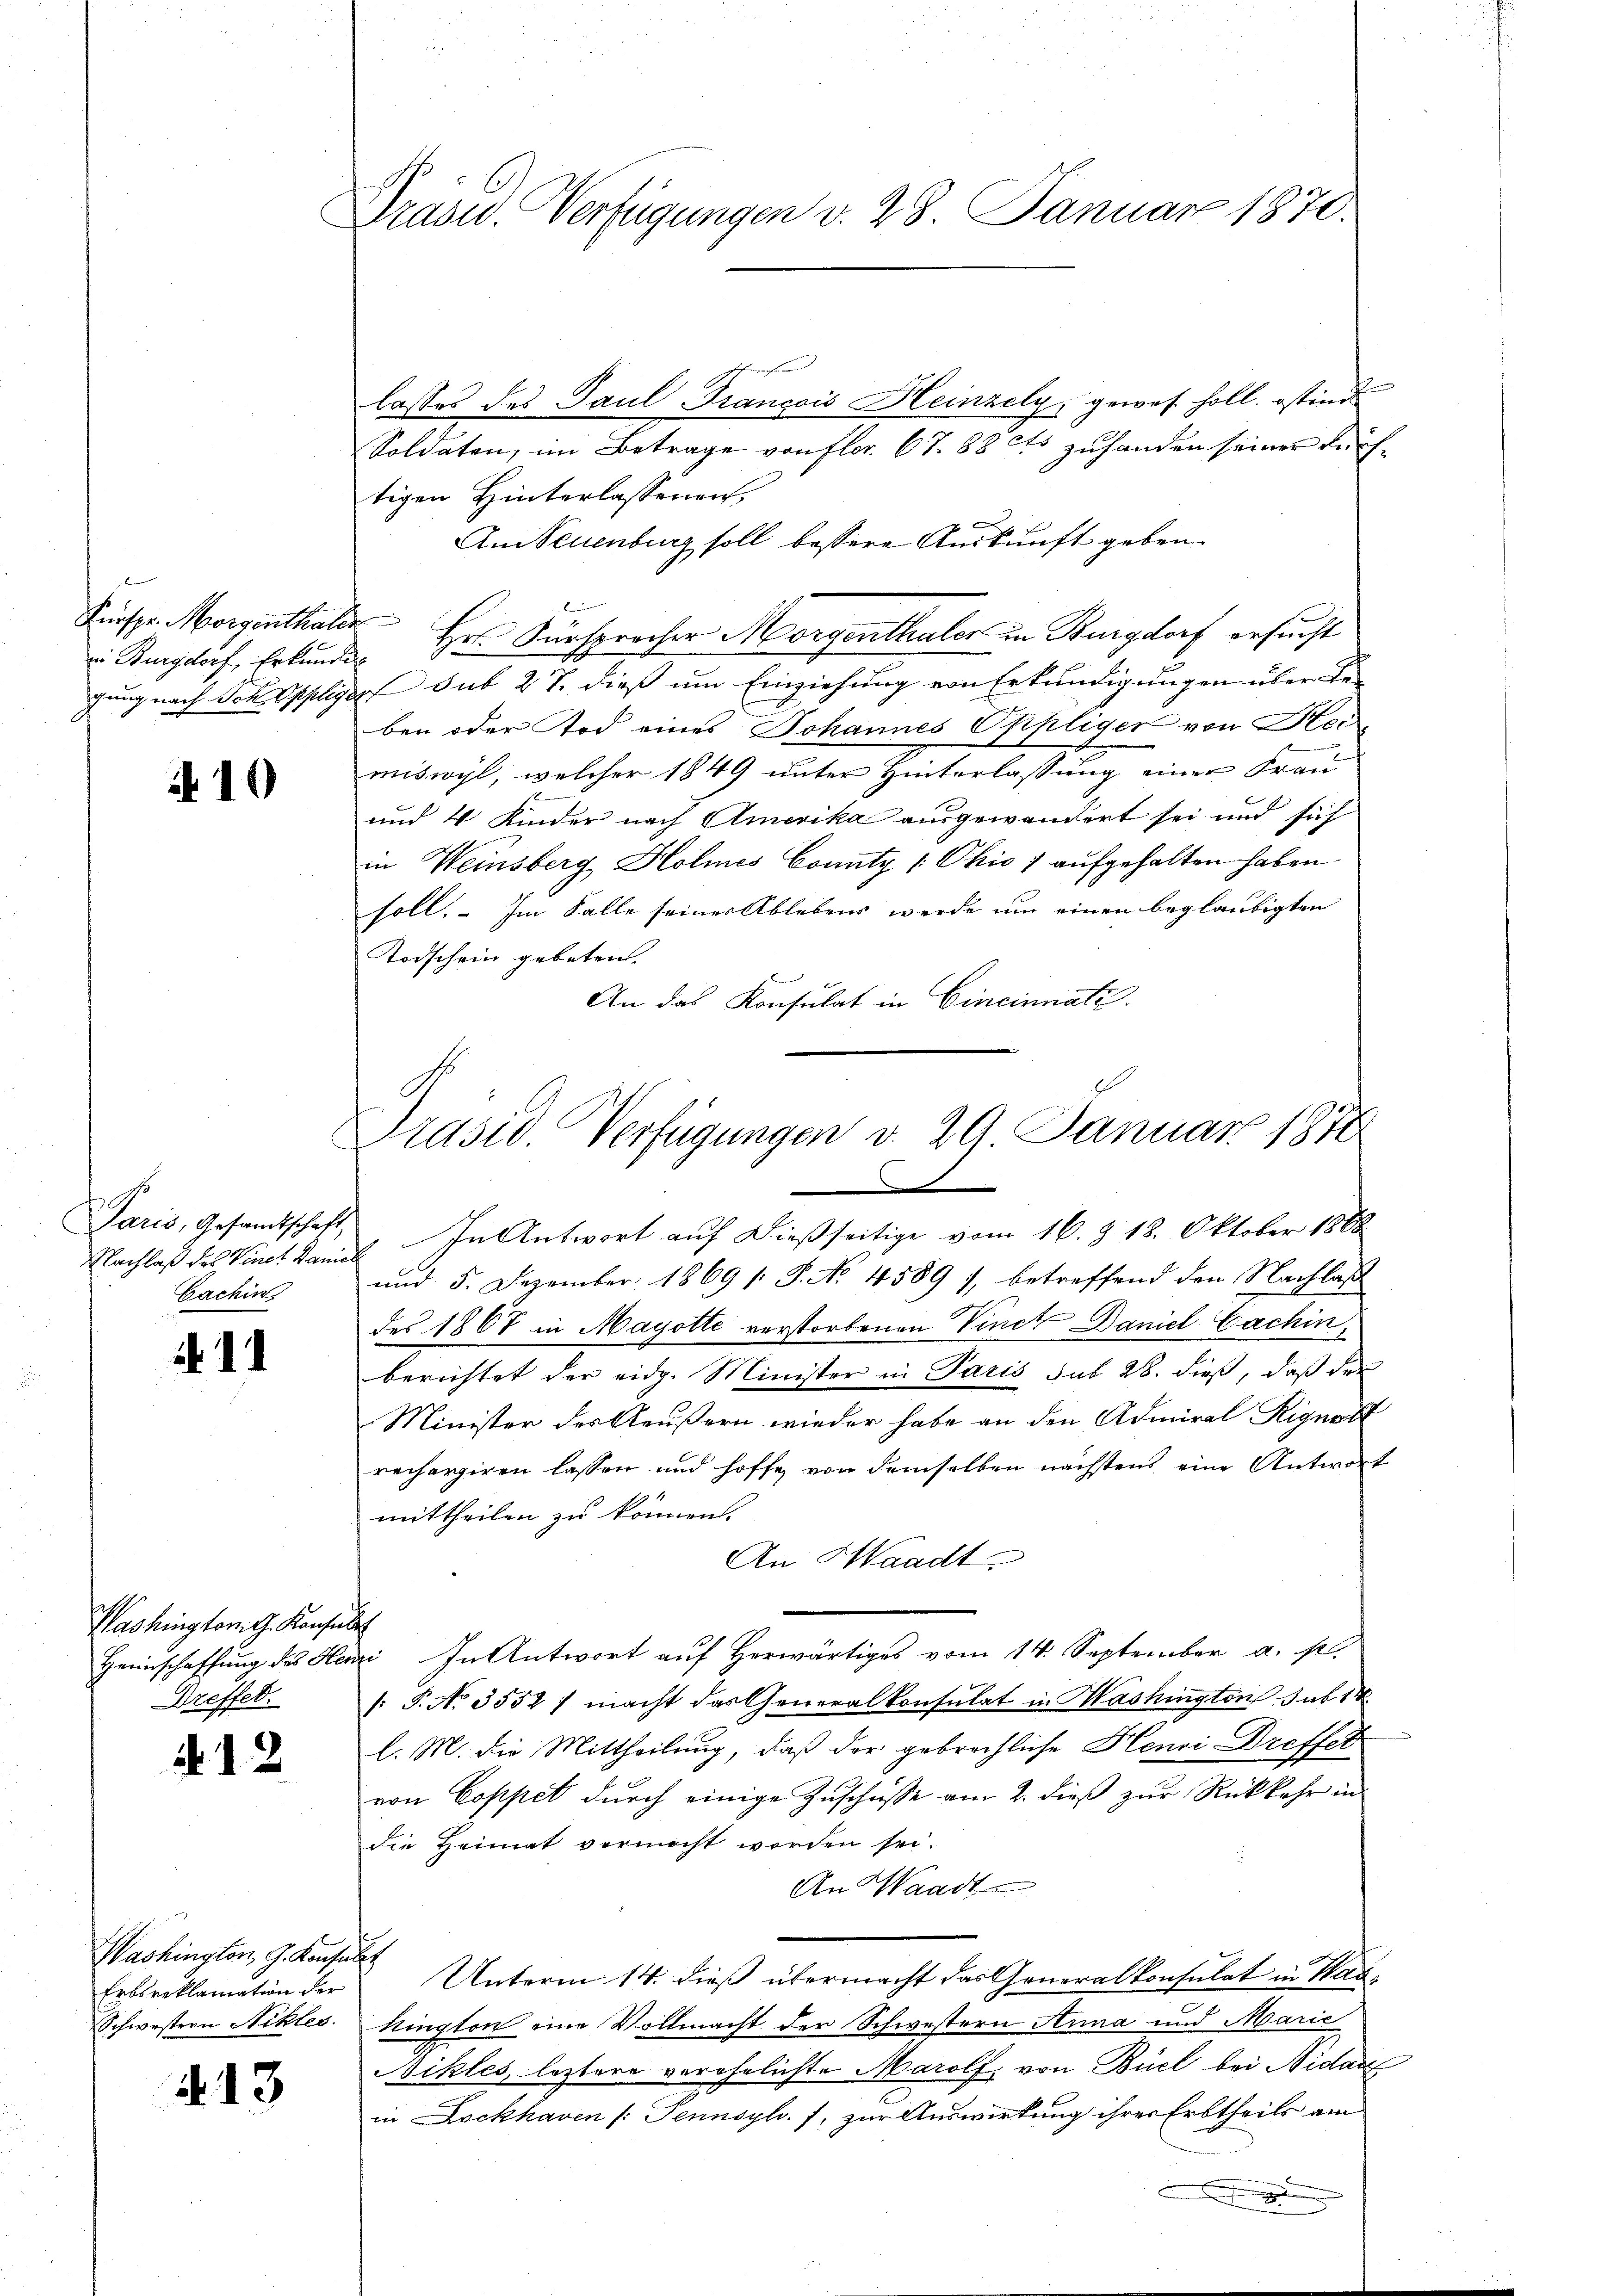
ei Burgdorf, Erkundig

A 10

Paris, Gesandtschaft,
Nachlaß des Vine. Daniel
Cachin

. 11

Washington G. Konsult
Heimschaffung des Herz
Dreffet.

12

Washington, G. Konsul
Erbsreklamation der
Schwestern Schles.

413

Drazu. Verfügungen v. 28. Januar 1870.

lasses des Paul François Heinzely, gewes holt. Ostind
Soldaten, im Betrage von flor. 67. 88 cts zuhanden seiner dürftigen Hinterlassenen,
An Neuenburg soll bessere Auskunft geben.
Fürspr. Morgenthaler Hr. Fürsprocher Morgenthaler in Burgdorf ersucht
gung nach Sch. Oppliger sub 27. dieß um Einziehung von Erkundigungen über Le-
ben oder Tod eines Johannes Oppliger von Hei
miswyl, welcher 1849 unter Hinterlassung einer Frau
und 4 Kinder nach Amerika ausgewandert sei und sich
in Weinsberg Holmnes County [Okio ; aufgehalten haben.
soll. Im Falle seiner Ablebens werde um einen beglaubigten
Todschein gebeten.
An das Konsulat in Cincinnati

Präsid. Verfügungen v. 29. Januar 1870
S

In Antwort auf dießseitige vom 16. Z. 18. Oktober 1868
und 5. Dezember 1869 1 S. No 4589 7, betreffend den Nachlass
des 1867 in Mayotte verstorbenen Vinct Daniel Cachin,
berichtet der eidg. Minister in Paris sub 28. dieß, daß der
Minister des Aeußern wieder habe an den Admiral Rignat
rechargiren lassen und hoffe von demselben nächstens eine Antwort
mittheilen zu können.
An Waadt
u. In Antwort auf Herwärtiges vom 14. September a. p.
/: P. No. 3552 / macht das Generalkonsulat in Mashington sub 14
l. M. die Mittheilung, daß der gebrechliche Henri Dreffet
von Coppet dŭrch einige Zuschüsse am 2. dieß zur Rückkehr in
die Heimat vermocht werden sei.
An Waadt
i
Unterm 14. dieß übermacht das Generalkonsulat in Haukington eine Vollmacht der Schwestern Anna und Marie
Bikles, leztere verehelichte Marolf, von Biel bei Nidar
in Lockhaven /: Tennsyl. 7, zur Auswirkung ihrer Erbtheils am